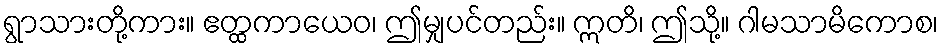
ရွာသားတို့ကား။ ဧတ္ထကာယေဝ၊ ဤမျှပင်တည်း။ ဣတိ၊ ဤသို့။ ဂါမသာမိကောစ၊